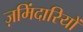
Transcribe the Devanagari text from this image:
ज़मिंदारियों